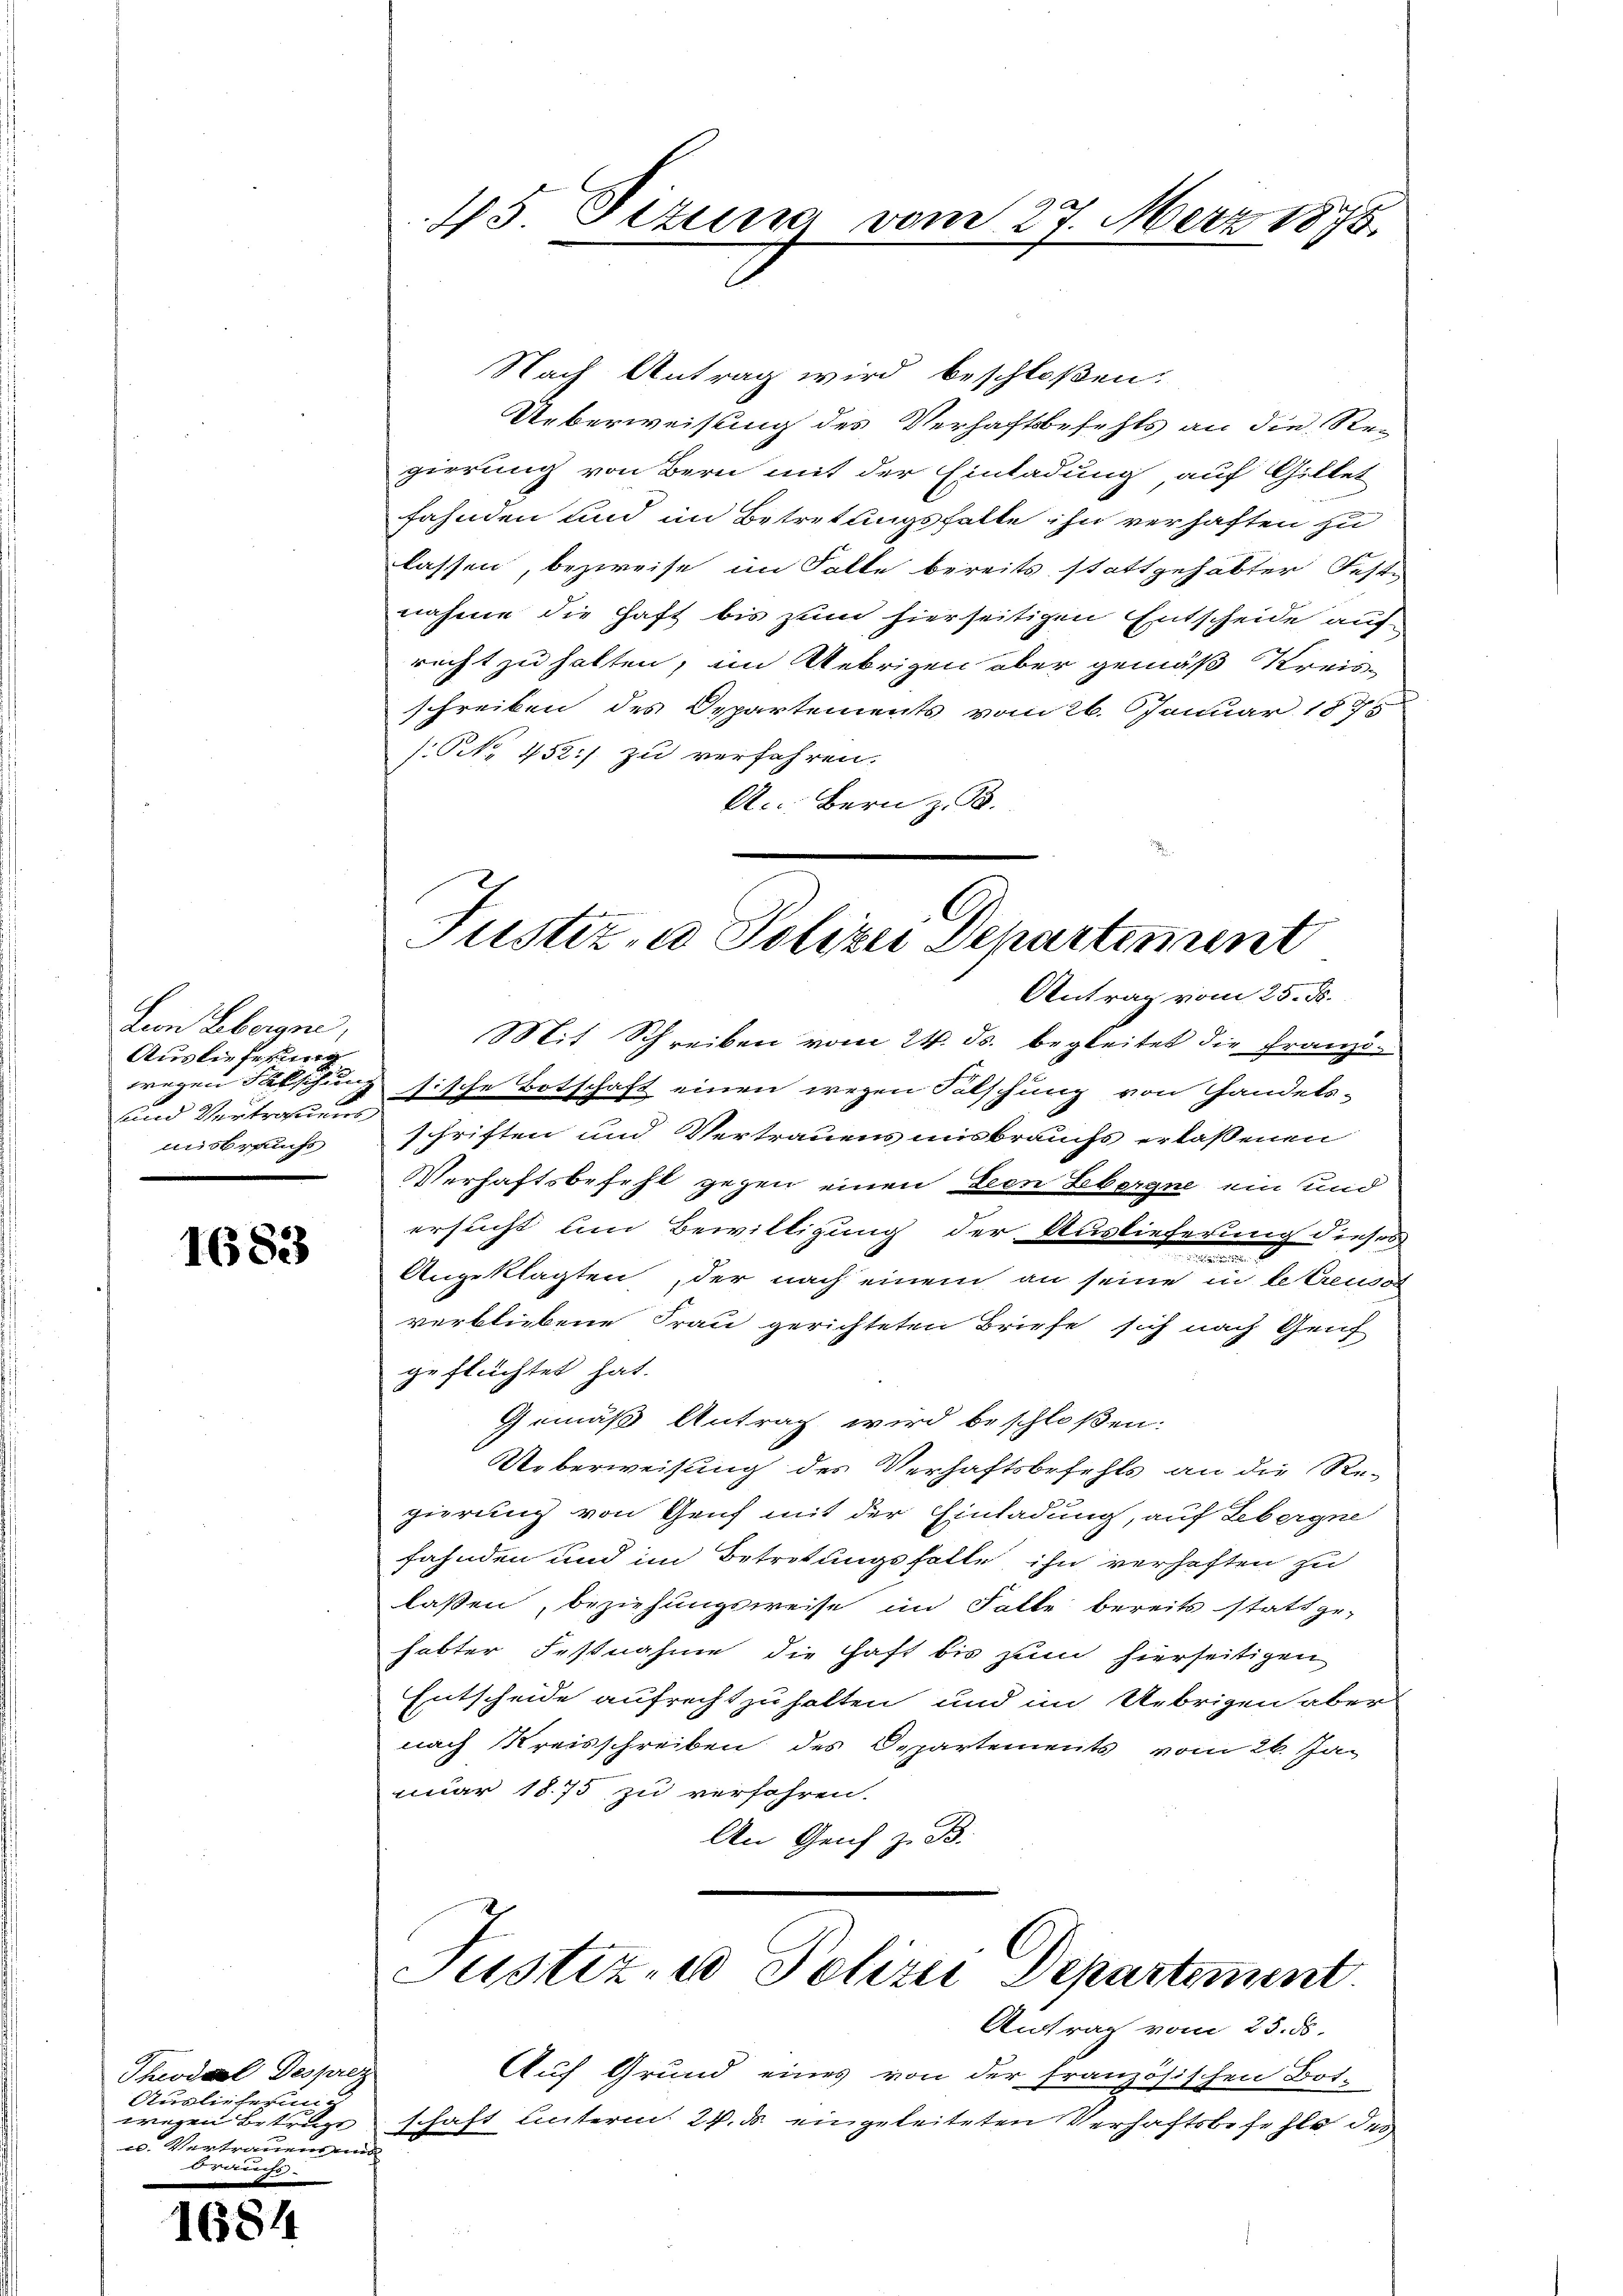
Ln Ebern,
Auslieferung
wegen Fälschung |
und Vertrauens
unsbraucht

1683

Theodal Desprez
Auslieferung
wegen Betruge
Vertrauen und
Brauchs-

1684

15. Dizuna vom 27. März 1875

Justiz- u Polizei Departement

Nach Antrag wird beschloßen:
Ueberweisung des Verhaftsbefehls an die Regierung von Bern mit der Einladung auf Gillet
fahnden und im Betretungsfalle ihn verhaften zu
lassen, bezweife im Falle bereits stattgehabter Fest-
nahme die Haft bis zum hierseitigen Entscheide auf
recht zu halten, im Uebrigen aber gemäß Kreis-
schreiben des Departements vom 26. Januar 1890
/Prk. 452) zu verfahren.
A. Bern z. B.
Antrag vom 25. ds.
Mit Schreiben vom 24. ds. begleitet die Franzisische Botschaft einen wegen Falschung von Handels-
schriften und Vertrauens misbrauchs erlassenen
Verhaftsbefehl gegen einen Zeen Lebergne ein und
ersucht um Bewilligung der Auslieferung dieses

Angeklagten, der nach einem an seine in betreusor
verbliebene Frau gerichteten Briefe sich nach Genf
geflüchtet hat.
Gemäß Antrag wird beschloßen:
Ueberweisung des Verhaftsbefehls an die Re-
gierung von Genf mit der Einladung, auf Lebergne
fahnden und im Betretungsfalle ihn verhaften zu
laßen, beziehungsweise im Falle bereits stattge-
habter Festnahme die Haft bis zum hierseitigen
Entscheide aufrechtzuhalten und im Uebrigen aber
nach Kreisschreiben des Departements vom 26. Jan
nuar 1875 zu verfahren.
An Genf z. B.
Justiz- u Polizei Departement
Antrag vom 25. ds.
Auf Grund eines von der französischen Bot-
schaft unterm 24. ds. eingeleiteten Verhaftsbefehle des